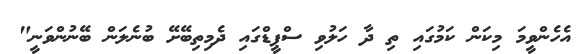
އެހެންވީމަ މިކަން ކަމުގައި ތި ދާ ހަލުވި ސްޕީޑްގައި ދެމިތިބޭށޭ ބުނެލަން ބޭނުންވަނީ"